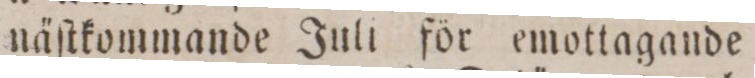
näſtkommande Juli för emottagande